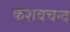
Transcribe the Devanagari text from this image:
केशवचन्द